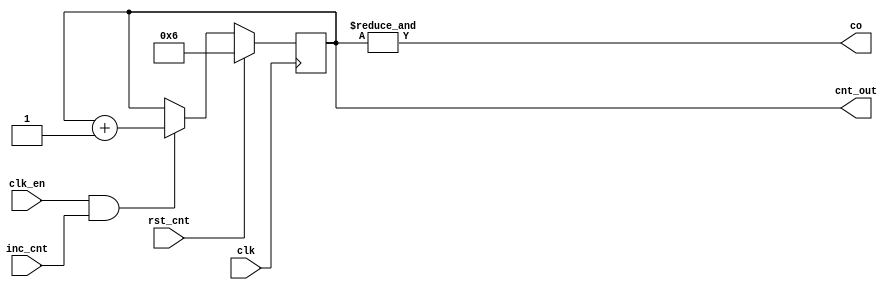
module counter (clk, clk_en, rst_cnt,
                inc_cnt, co, cnt_out);
                
    input clk, clk_en, rst_cnt, inc_cnt;
    
    output co;
    output reg [3:0] cnt_out;

    always @(posedge clk) begin
        if (rst_cnt)
            cnt_out <= 4'd6;
        else if(clk_en && inc_cnt)
            cnt_out = cnt_out + 1;
    end 
    
    assign co = &cnt_out;

endmodule